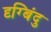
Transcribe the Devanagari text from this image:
दृग्बिंदु